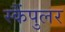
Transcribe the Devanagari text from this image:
स्कैंपुलर